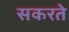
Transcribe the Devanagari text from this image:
सकरते